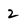
Character: 2